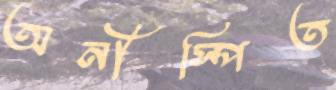
অনীস্পিত